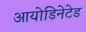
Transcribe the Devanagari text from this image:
आयोडिनेटेड